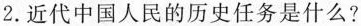
2.近代中国人民的历史任务是什么？